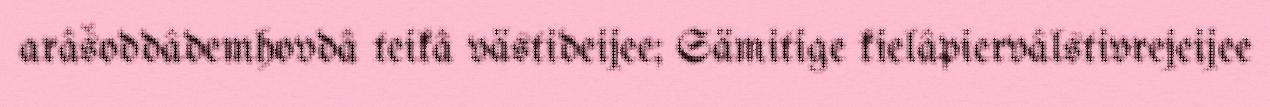
arâšoddâdemhovdâ teikâ västideijee; Sämitige kielâpiervâlstivrejeijee